Scottish Leaving Certificate Examination, 1958
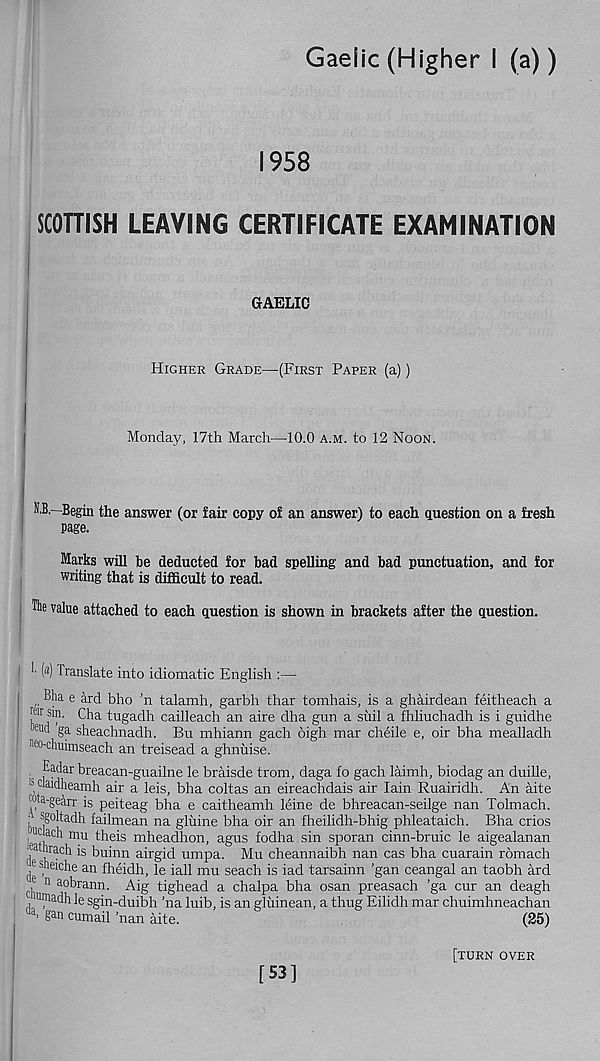
Gaelic (Higher I (a))
1958
SCOTTISH LEAVING CERTIFICATE EXAMINATION
GAELIC
Higher Grade—(First Paper (a))
Monday, 17th March—10.0 a.m. to 12 Noon.
N.B,—Begin the answer (or fair copy of an answer) to each question on a fresh
page.
Marks will be deducted for had spelling and bad punctuation, and for
writing that is difficult to read.
The value attached to each question is shown in brackets after the question.
'■ H translate into idiomatic English :—
Bha e ard bho ’n talamh, garbh thar tomhais, is a ghairdean feitheach a
j® S1 ?' Cha tugadh cailleach an aire dha gun a suil a fhliuchadh is i guidhe
eu d ga sheachnadh. Bu mhiann gach oigh mar cheile e, oir bha mealladh
Mo-chuimseach an treisead a ghnuise.
. Eadar breacan-guailne le braisde trom, daga fo gach laimh, biodag an duille,
|(daidheamh air a leis, bha coltas an eireachdais air Iain Ruairidh. An aite
wa-gearr is peiteag bha e caitheamh leine de bhreacan-seilge nan Tolmach.
■ sgoltadh failmean na gluine bha oir an fheilidh-bhig phleataich. Bha crios
, JU c ach mu theis mheadhon, agus fodha sin sporan cinn-bruic le aigealanan
eathrach is buinn airgid umpa. Mu cheannaibh nan cas bha cuarain romach
^ s Eeiche an fheidh, le iall mu seach is iad tarsainn ’gan ceangal an taobh ard
11 aobrann. Aig tighead a chalpa bha osan preasach ’ga cur an deagh
uniadh le sgin-duibh ’na luib, is an gliiinean, a thug Eilidh mar chuimhneachan
ua ’ gan cumail 'nan aite.
(25)
[53]
[turn over